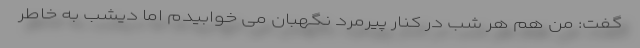
گفت: من هم هر شب در کنار پیرمرد نگهبان می خوابیدم اما دیشب به خاطر